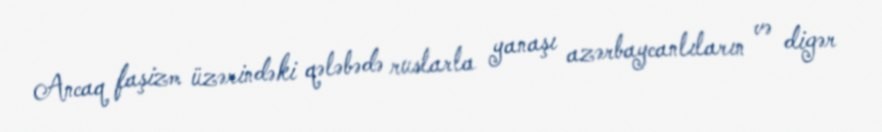
Ancaq faşizm üzərindəki qələbədə ruslarla yanaşı azərbaycanlıların və digər